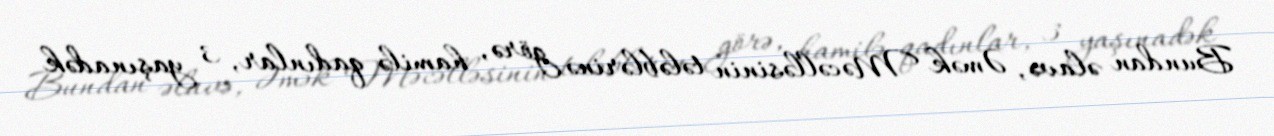
Bundan əlavə, Əmək Məcəlləsinin tələblərinə görə, hamilə qadınlar, 3 yaşınadək